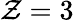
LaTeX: \mathcal{Z}=3